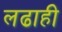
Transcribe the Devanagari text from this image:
लढाही